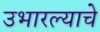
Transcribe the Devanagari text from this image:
उभारल्याचे